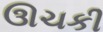
ઊચકી